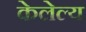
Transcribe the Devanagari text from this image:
केलेल्य